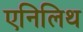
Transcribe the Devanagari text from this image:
एनिलिथ